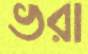
ভরা